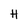
Character: H